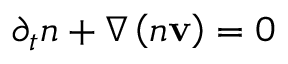
\partial _ { t } n + \nabla \left( n \mathbf { v } \right) = 0